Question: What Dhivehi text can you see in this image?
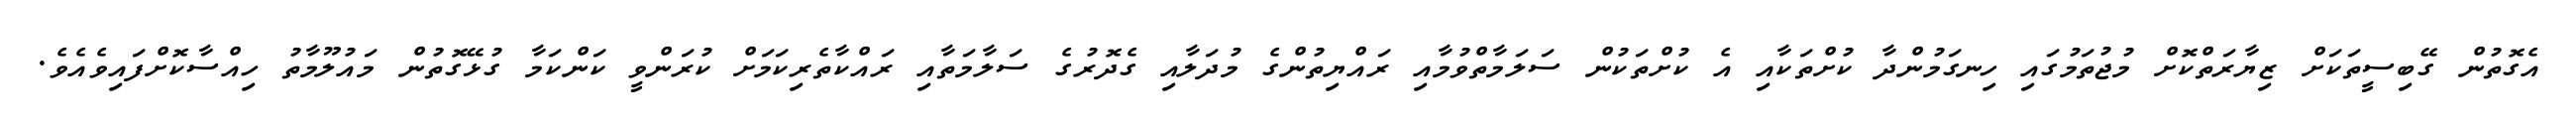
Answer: އެގޮތުން ގޭބިސީތަކަށް ޒިޔާރަތްކޮށް މުޖުތަމުގައި ހިނގަމުންދާ ކުށްތަކާއި އެ ކުށްތަކުން ސަލަމާތްވުމާއި ރައްޔިތުންގެ މުދަލާއި ގެދޮރުގެ ސަލާމަތާއި ރައްކާތެރިކަމަށް ކުރަންވީ ކަންކަމާ ގުޅޭގޮތުން މައުލޫމާތު ހިއްސާކޮށްފައިވެއެވެ.